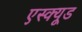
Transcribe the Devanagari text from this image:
एस्क्यूड